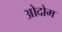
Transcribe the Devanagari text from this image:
ओदोम